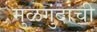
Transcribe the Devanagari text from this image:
मुळगुंदांची